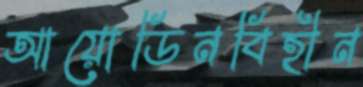
আয়োডিনবিহীন